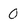
Character: 0